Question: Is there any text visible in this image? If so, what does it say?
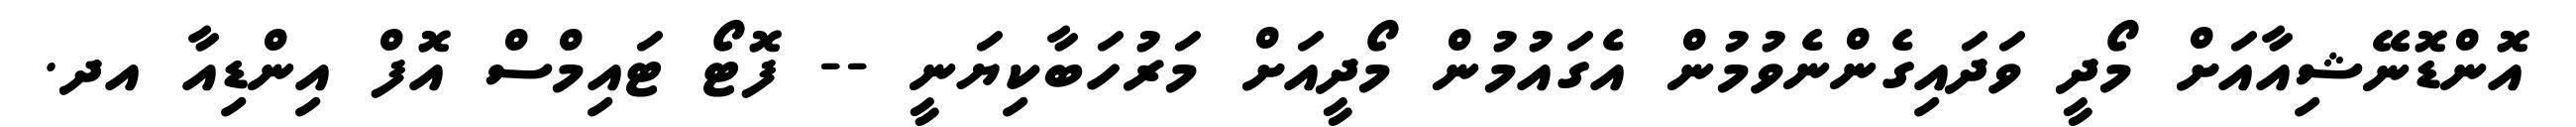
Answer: އޮންޑޮނޭޝިއާއަށް މޯދީ ވަދައިގެންނެވުމުން އެގައުމުން މޯދީއަށް މަރުހަބާކިޔަނީ -- ފޮޓޯ ޓައިމްސް އޮފް އިންޑިއާ އދ.